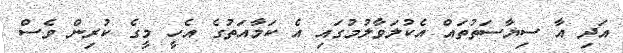
އަދި އާ ސިޔާސަތުތައް އެކުލަވާލުމުގައި އެ ކަމާއަތުގެ އެހީ މީގެ ކުރިން ވެސް